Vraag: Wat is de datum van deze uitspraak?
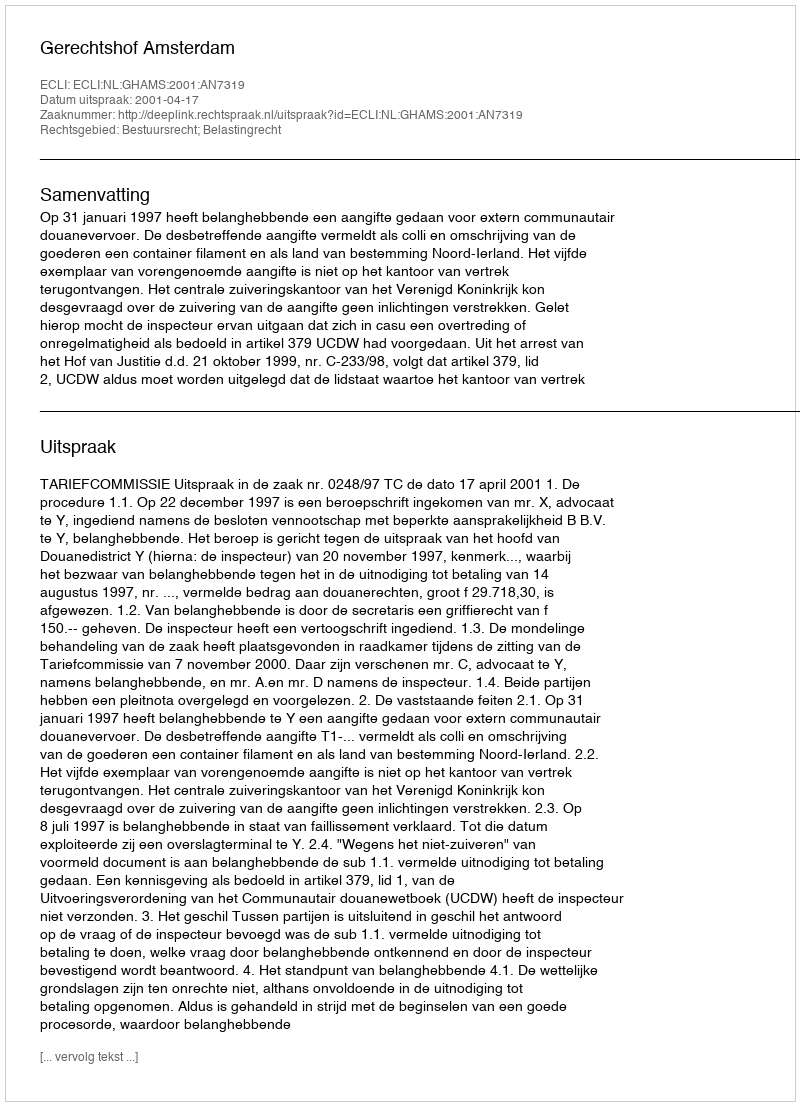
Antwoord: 2001-04-17